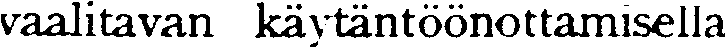
vaalitavan käytäntöönottamisella